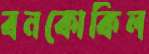
বনকোকিল